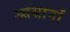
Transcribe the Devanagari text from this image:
आसानों